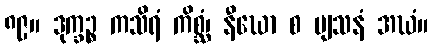
၈၉။ ဒုက္ခဉ္စ ကသိရံ ကိစ္ဆံ၊ နီဃော စ ဗျသနံ အဃံ။